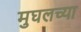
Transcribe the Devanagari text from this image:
मुघलच्या